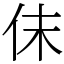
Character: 𠇱